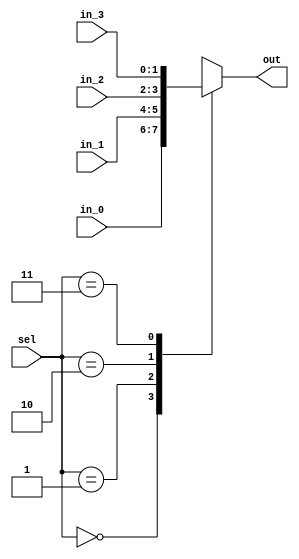
/*
 * Generated by Digital. Don't modify this file!
 * Any changes will be lost if this file is regenerated.
 */

module Mux_4x1_NBits #(
    parameter Bits = 2
)
(
    input [1:0] sel,
    input [(Bits - 1):0] in_0,
    input [(Bits - 1):0] in_1,
    input [(Bits - 1):0] in_2,
    input [(Bits - 1):0] in_3,
    output reg [(Bits - 1):0] out
);
    always @ (*) begin
        case (sel)
            2'h0: out = in_0;
            2'h1: out = in_1;
            2'h2: out = in_2;
            2'h3: out = in_3;
            default:
                out = 'h0;
        endcase
    end
endmodule

module DIG_Add
#(
    parameter Bits = 1
)
(
    input [(Bits-1):0] a,
    input [(Bits-1):0] b,
    input c_i,
    output [(Bits - 1):0] s,
    output c_o
);
   wire [Bits:0] temp;

   assign temp = a + b + c_i;
   assign s = temp [(Bits-1):0];
   assign c_o = temp[Bits];
endmodule



// generates the flags based on the result and the signs of the operands
module flags (
  input [7:0] R, // output of the adder
  input [7:0] A, // operando for the adder
  input [7:0] B, // other operand for the adder
  output Z, // addition had zero result
  output N, // addition had negative result
  output V // addition overflowed

);
  wire N_temp;
  assign Z = ~ (R[0] | R[1] | R[2] | R[3] | R[4] | R[5] | R[6] | R[7]);
  assign N_temp = R[7];
  assign V = ((N_temp & ~ B[7] & ~ A[7]) | (~ N_temp & B[7] & A[7]));
  assign N = N_temp;
endmodule

// This simple circuit can do all the operations needed to execute Baby8 instructions
module baby8_alu (
  input [1:0] logSel, // select logical operation between A and B or just use B
  input [1:0] aSel, // select A, inverted A or a constant to be added
  input Cin, // carry in
  input [7:0] A, // second operand (order only matters for subtraction)
  input [7:0] B, // first operand
  output [7:0] R, // result of the addition
  output C, // carry out
  output Z, // indicates that the result is zero
  output N, // indicates that the result is negative
  output V // indicates an overflow, where the sign
           // of the result is different from the signs
           // of the operands

);
  wire [7:0] s0;
  wire [7:0] s1;
  wire [7:0] R_temp;
  wire [7:0] s2;
  wire [7:0] s3;
  wire [7:0] s4;
  wire [7:0] s5;
  assign s3 = (A & B);
  assign s4 = (A | B);
  assign s5 = (A ^ B);
  assign s2 = ~ A;
  Mux_4x1_NBits #(
    .Bits(8)
  )
  Mux_4x1_NBits_i0 (
    .sel( aSel ),
    .in_0( A ),
    .in_1( s2 ),
    .in_2( 8'b0 ),
    .in_3( 8'b11111110 ),
    .out( s0 )
  );
  Mux_4x1_NBits #(
    .Bits(8)
  )
  Mux_4x1_NBits_i1 (
    .sel( logSel ),
    .in_0( s3 ),
    .in_1( s4 ),
    .in_2( s5 ),
    .in_3( B ),
    .out( s1 )
  );
  DIG_Add #(
    .Bits(8)
  )
  DIG_Add_i2 (
    .a( s0 ),
    .b( s1 ),
    .c_i( Cin ),
    .s( R_temp ),
    .c_o( C )
  );
  flags flags_i3 (
    .R( R_temp ),
    .A( s0 ),
    .B( s1 ),
    .Z( Z ),
    .N( N ),
    .V( V )
  );
  assign R = R_temp;
endmodule